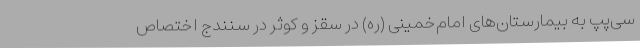
سی‌پپ به بیمارستان‌های امام‌خمینی (ره) در سقز و کوثر در سنندج اختصاص